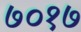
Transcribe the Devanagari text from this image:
७०१७